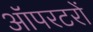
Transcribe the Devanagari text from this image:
ऑपरटरों